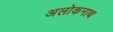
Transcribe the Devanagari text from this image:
अलोकनाथ